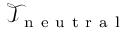
\mathcal { T } _ { \mathrm { ~ n ~ e ~ u ~ t ~ r ~ a ~ l ~ } }